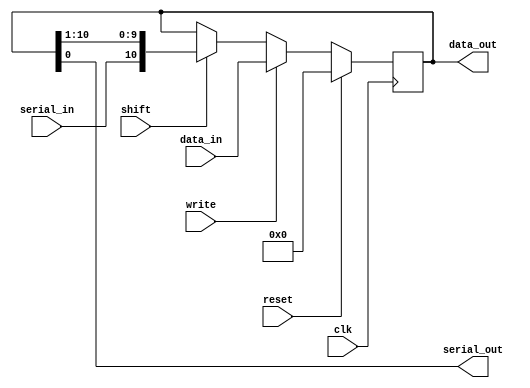
module ShiftRegister
#(
	parameter WIDTH=11
)
(
	input clk,
	input reset,
	input write,
	input shift,
	input[WIDTH-1:0] data_in,
	input serial_in,
	output serial_out,
	output[WIDTH-1:0] data_out
    );

	reg[WIDTH-1:0] data;
	
	always @(posedge clk)
	begin
		if(reset==1)
			data<=0;
		else if(write==1)
			data<=data_in;
		else if(shift==1)//do shift right
			data<={serial_in,data[WIDTH-1:1]};
	end
	
	assign serial_out=data[0];
	
	assign data_out=data;
endmodule